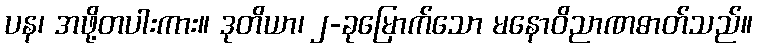
ပန၊ အဖို့တပါးကား။ ဒုတိယာ၊ ၂-ခုမြောက်သော မနောဝိညာဏဓာတ်သည်။